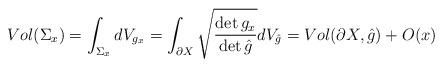
LaTeX: \begin{align*}Vol(\Sigma_x)=\int_{\Sigma_x}dV_{g_x}=\int_{\partial X}\sqrt{\frac{\det g_x}{\det \hat{g}}}dV_{\hat{g}}=Vol(\partial X,\hat{g})+O(x)\end{align*}